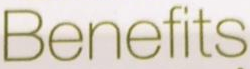
Benefits